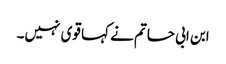
ابن ابی حاتم نے کہا قوی نہیں۔